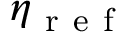
\eta _ { \mathrm { ~ r ~ e ~ f ~ } }